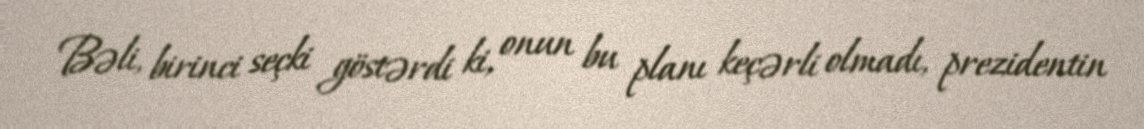
Bəli, birinci seçki göstərdi ki, onun bu planı keçərli olmadı, prezidentin